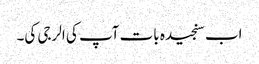
اب سنجیدہ بات آپ کی الرجی کی۔